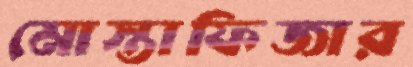
মোস্তাফিজার